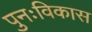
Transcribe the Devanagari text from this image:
पुनःविकास